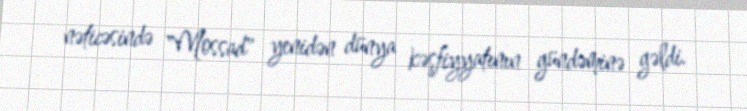
nəticəsində "Mossad" yenidən dünya kəşfiyyatının gündəminə gəldi.